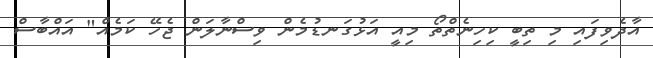
އާދެވިފައި މި ތިބީ ކިހިނެތްތޯ މިއީ އަޅުގަނޑުމެން ވިސްނާލަން ޖެހޭ ކަމެއް" އައްބާސް